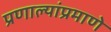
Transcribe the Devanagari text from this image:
प्रणाल्यांप्रमाणे